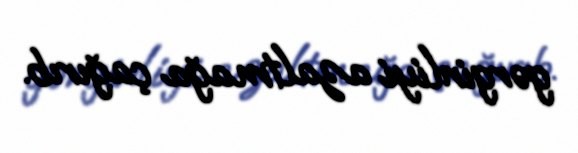
gərginliyi azaltmağa çağırıb.